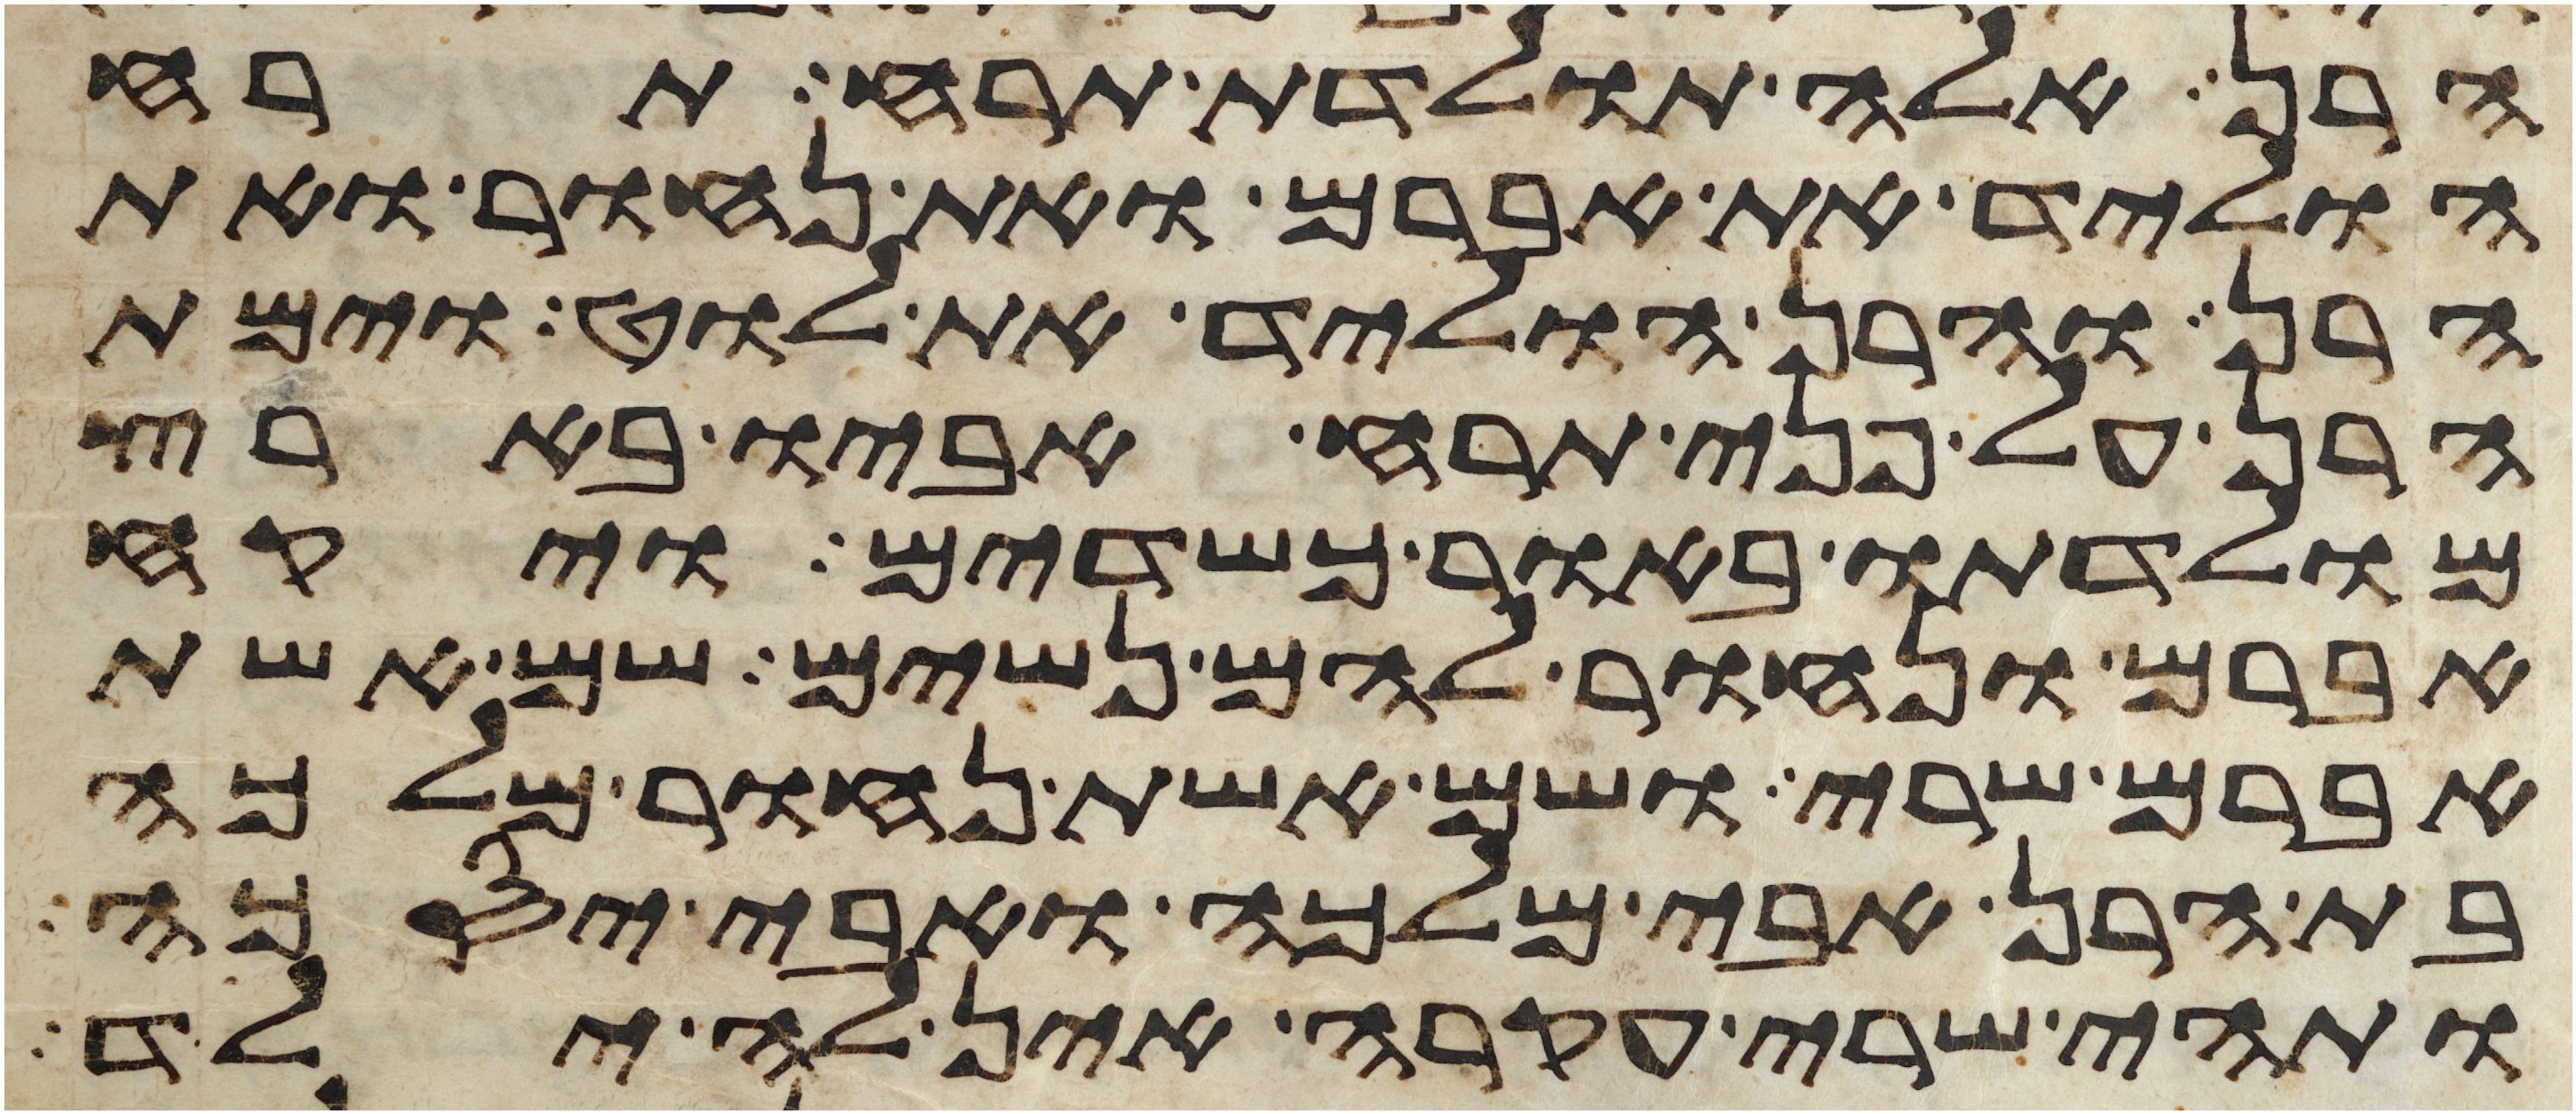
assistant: הרן אלה תולדת תרח תרח
הוליד את אברם ואת נחור ואת
הרן והרן הוליד את לוט וימת
הרן על פני תרח אביו בארץ
מולדתו באור כשדים ויקח
אברם ונחור להם נשים שם אשת
אברם שרי ושם אשת נחור מלכה
בת הרן אבי מלכה ואבי יסכה
ותהי שרי עקרה אין לה ילד